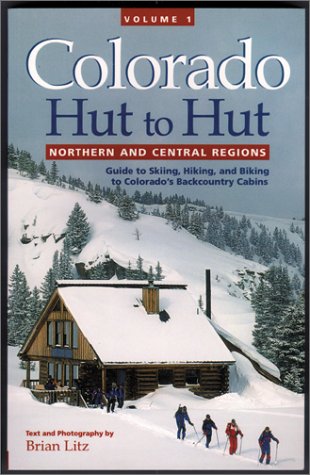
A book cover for Colorado Hut to Hut, Vol. 1: Northern and Central Regions; Brian Litz; Sports & Outdoors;